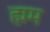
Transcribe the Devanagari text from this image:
ह्मम